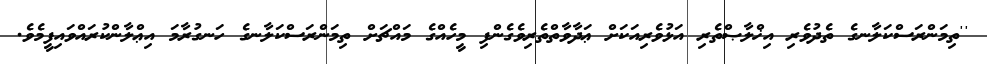
''ތިމަންރަސްކަލާނގެ ތެދުވެރި އިޚްލާޞްތެރި އަޅުވެރިއަކަށް ޢަދާވާތްތެރިވެގެންފި މީހެއްގެ މައްޗަށް ތިމަންރަސްކަލާނގެ ހަނގުރާމަ އިޢްލާންކުރައްވައިފީމެވެ.